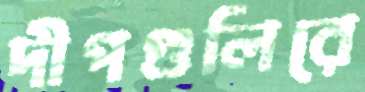
দীপগুলিরে